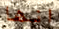
انها